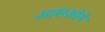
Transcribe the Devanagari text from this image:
आसओने